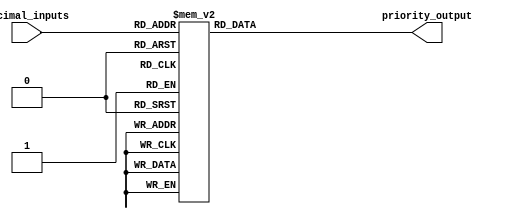
module decimal_priority_encoder (
    input [3:0] decimal_inputs,
    output reg [2:0] priority_output
);

always @(decimal_inputs) begin
    case(decimal_inputs)
        0: priority_output = 3'b000;
        1: priority_output = 3'b001;
        2: priority_output = 3'b010;
        3: priority_output = 3'b011;
        4: priority_output = 3'b100;
        5: priority_output = 3'b101;
        6: priority_output = 3'b110;
        7: priority_output = 3'b111;
        8: priority_output = 3'b111; // 8 and 9 have the same priority
        9: priority_output = 3'b111;
        default: priority_output = 3'b000; // default case if input is invalid
    endcase
end
endmodule